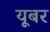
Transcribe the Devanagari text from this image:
यूबर